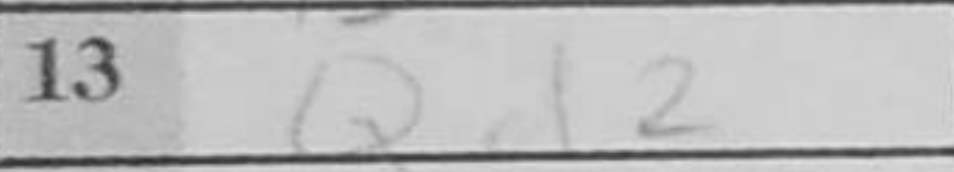
Transcription: Qd2